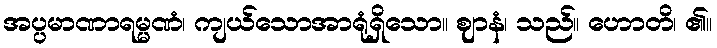
အပ္ပမာဏာရမ္မဏံ၊ ကျယ်သောအာရုံရှိသော။ ဈာနံ၊ သည်။ ဟောတိ၊ ၏။